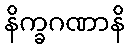
နိက္ခဂဏာနိ